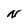
Character: N